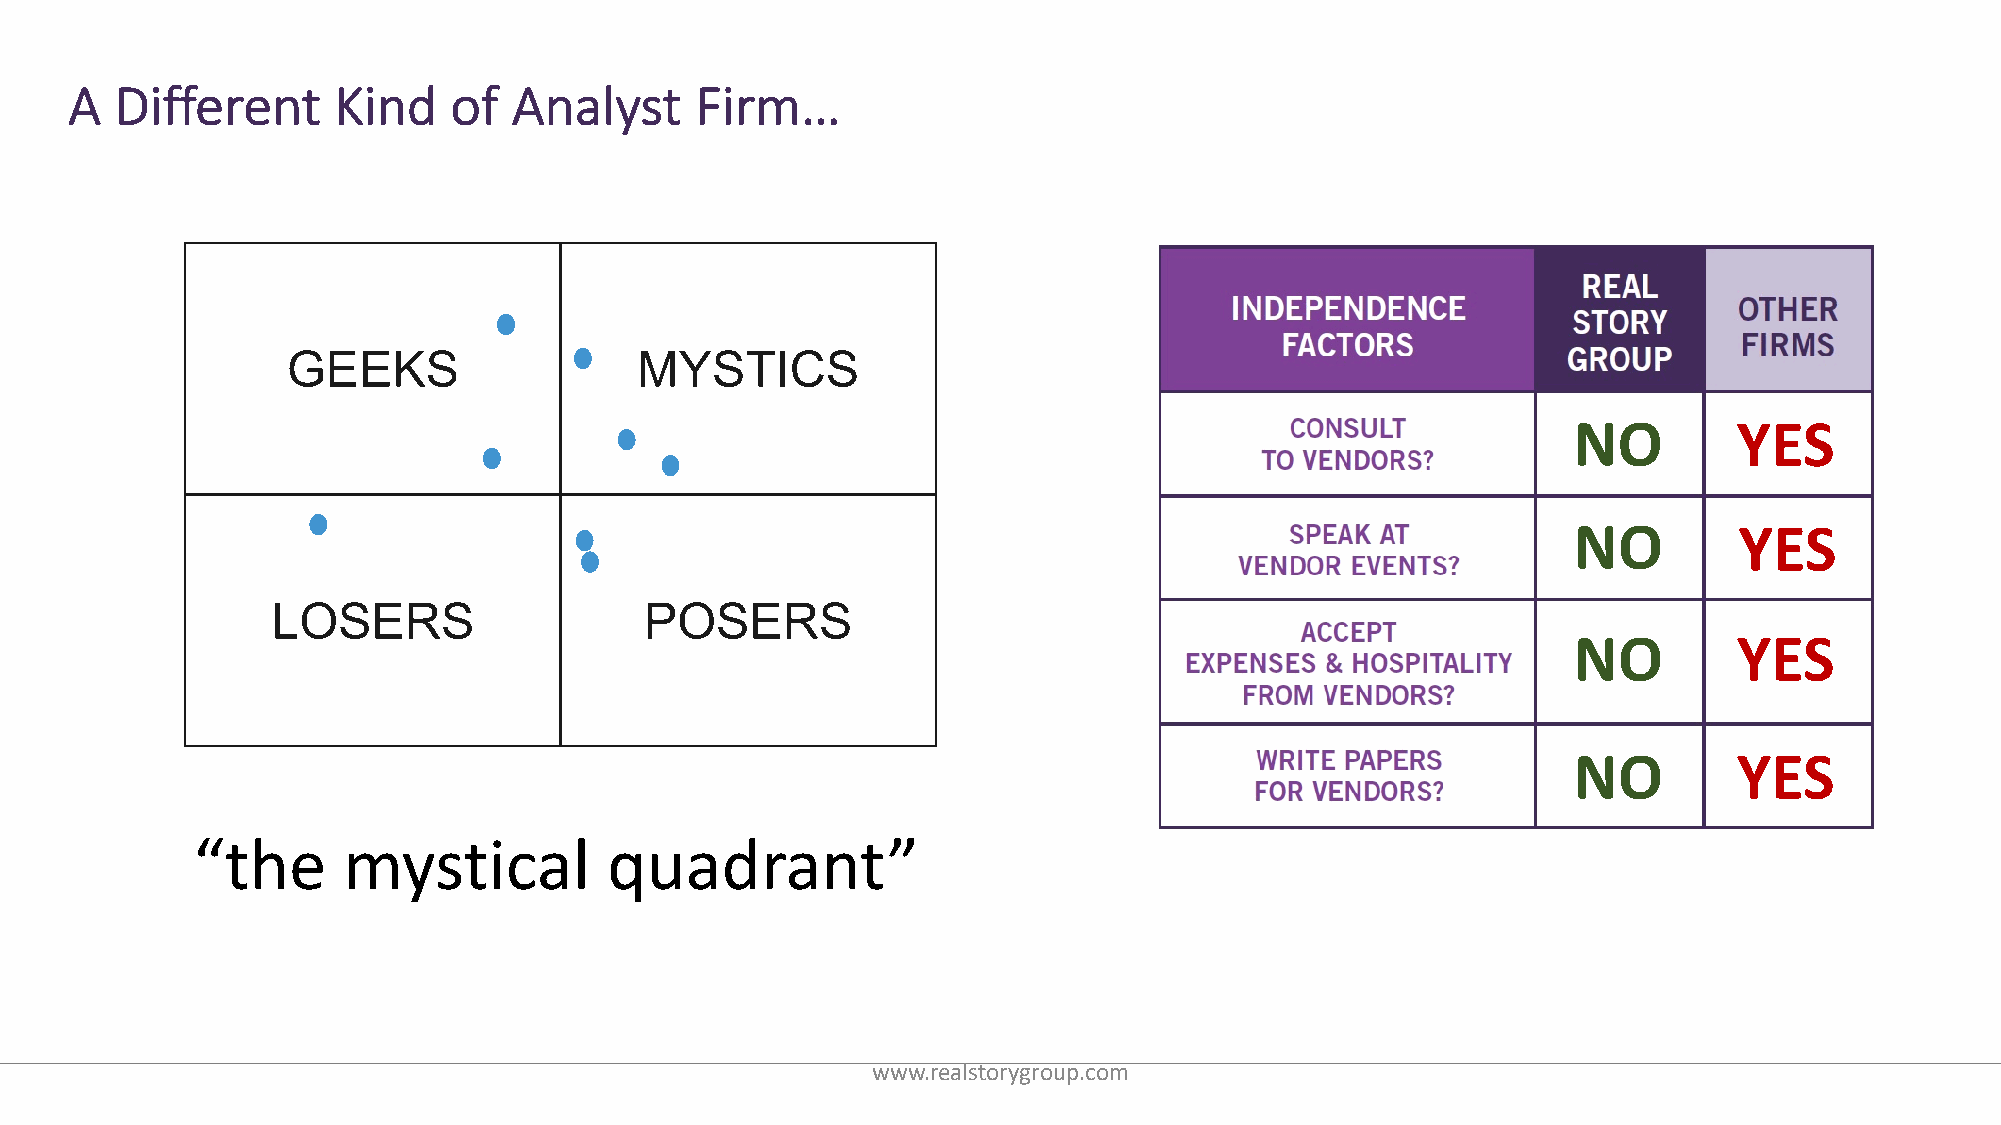
A  Different     Kind    of  Analyst     Firm…
 A   Story…
 GEEKS                  MYSTICS
 NO         YES
 NO         YES
 LOSERS                   POSERS
 NO         YES
 NO         YES
 “the      mystical         quadrant”
 www.realstorygroup.com